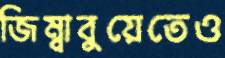
জিম্বাবুয়েতেও